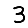
Digit: 3